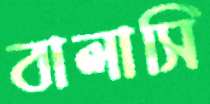
বালাসি